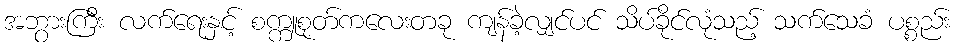
အဘွားကြီး လက်ရေးနှင့် စက္ကူစုတ်ကလေးတခု ကျန်ခဲ့လျှင်ပင် သိပ်ခိုင်လုံသည့် သက်သေခံ ပစ္စည်း